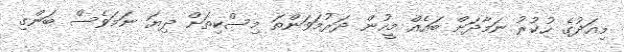
މިއަދުގެ ހުކުރު ނަމާދަށް ބައެއް މީހުން ދަރުމަވަންތަ މިސްކިތަށް ދިޔަ ނަމަވެސް ބަންގި